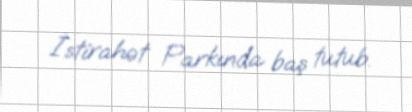
İstirahət Parkında baş tutub.